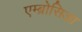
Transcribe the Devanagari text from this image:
एम्ब्रोसिआ